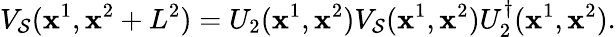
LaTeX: V_{\mathcal{S}}(\mathbf{x}^{1},\mathbf{x}^{2}+L^{2})=U_{2}(\mathbf{x}^{1},\mathbf{x}^{2})V_{\mathcal{S}}(\mathbf{x}^{1},\mathbf{x}^{2})U_{2}^{\dagger}(\mathbf{x}^{1},\mathbf{x}^{2}).